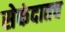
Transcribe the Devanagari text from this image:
सेकंदातच